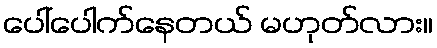
ပေါ်ပေါက်နေတယ် မဟုတ်လား။